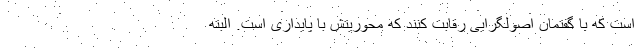
است که با گفتمان اصولگرایی رقابت کنند که محوریتش با پایداری است. البته